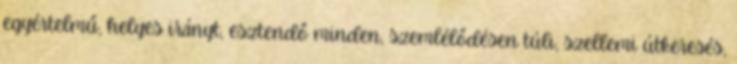
egyértelmű, helyes irányt, esztendő minden, szemlélődésen túli, szellemi útkeresés,